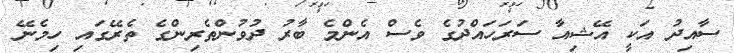
ސާއިދު އަކީ އޭޝިއާ ސަރަހައްދުގެ ވެސް އެންމެ ބާރު ދުވުންތެރިންގެ ތެރޭގައި ހިމެނޭ